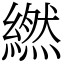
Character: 繎